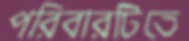
পরিবারটিতে